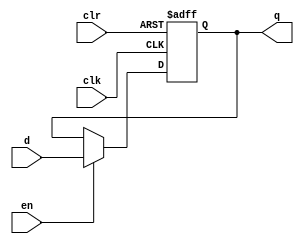
module register(q, d, clk, en, clr);
	input [31:0] d;
	input clk, en, clr;
	wire clr;
	output reg [31:0] q;

	initial
	begin
	    q = 32'h00000000;
	end 
	always @(posedge clk or posedge clr) begin
	    if (clr) begin
                q <= 32'h00000000;
	    end 
	    else if (en) begin
                q <= d;
	    end
	end
endmodule